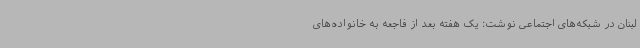
لبنان در شبکه‌های اجتماعی نوشت: یک هفته بعد از فاجعه به خانواده‌های